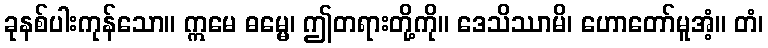
ခုနစ်ပါးကုန်သော။ ဣမေ ဓမ္မေ၊ ဤတရားတို့ကို။ ဒေသိဿာမိ၊ ဟောတော်မူအံ့။ တံ၊